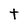
Character: t